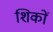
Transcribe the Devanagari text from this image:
शिकों